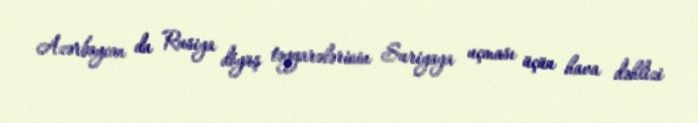
Azərbaycan da Rusiya döyüş təyyarələrinin Suriyaya uçması üçün hava dəhlizi